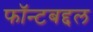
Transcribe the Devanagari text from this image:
फॉन्टबद्दल